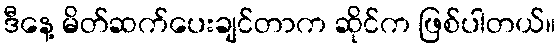
ဒီနေ့ မိတ်ဆက်ပေးချင်တာက ဆိုင်က ဖြစ်ပါတယ်။